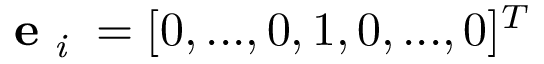
\mathbf { e } _ { \textit { i } } = [ 0 , . . . , 0 , 1 , 0 , . . . , 0 ] ^ { T }